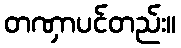
တဏှာပင်တည်း။